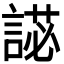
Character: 𧪋